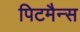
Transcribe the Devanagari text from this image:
पिटमैन्स